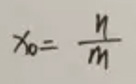
\[
x_{0}=\frac{n}{m}
\]